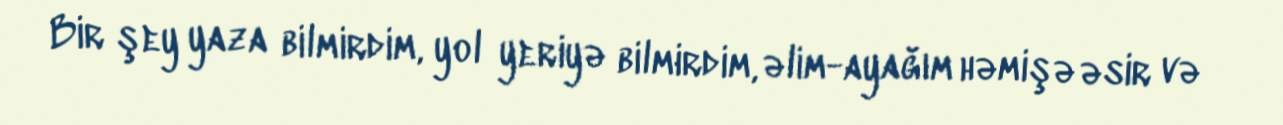
Bir şey yaza bilmirdim, yol yeriyə bilmirdim, əlim-ayağım həmişə əsir və